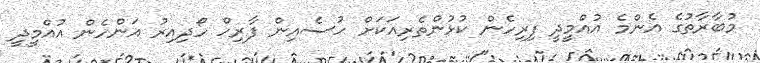
މުބާރާތުގެ އެންމެ އުއްމީދީ ފިރިހެން ކުޅުންތެރިއަކަށް ހުސެއިން ފާރިހް ހޯދިއިރު އަންހެން އުއްމީދީ